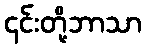
၎င်းတို့ဘာသာ